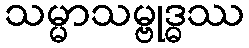
သမ္မာသမ္ဗုဒ္ဓဿ